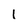
Character: 1